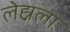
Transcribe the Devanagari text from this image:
लेह्नला